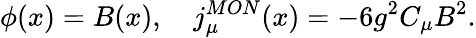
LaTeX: \phi(x)=B(x),\quad j_{\mu}^{MON}(x)=-6g^{2}C_{\mu}B^{2}.